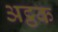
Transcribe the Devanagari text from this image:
अट्ठक